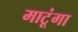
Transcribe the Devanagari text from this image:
माटूंगा